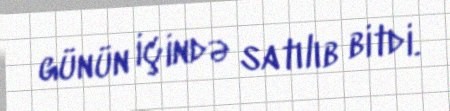
günün içində satılıb bitdi.